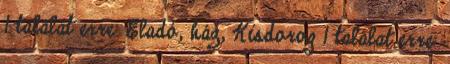
1 találat erre: Eladó, ház, Kisdorog 1 találat erre: